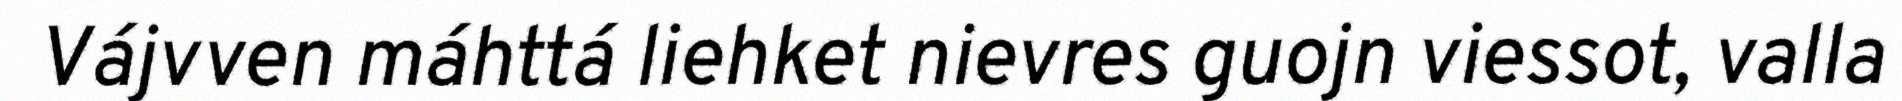
Vájvven máhttá liehket nievres guojn viessot, valla